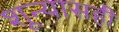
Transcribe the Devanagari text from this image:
शून्यासही